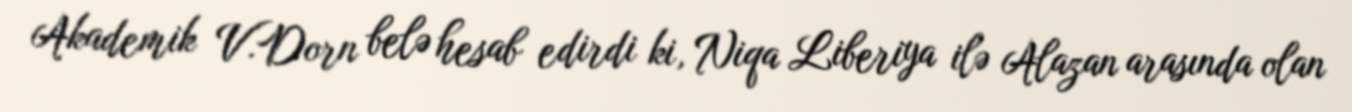
Akademik V.Dorn belə hesab edirdi ki, Niqa Liberiya ilə Alazan arasında olan